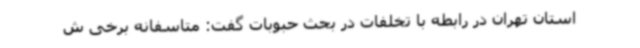
استان تهران در رابطه با تخلفات در بحث حبوبات گفت: متاسفانه برخی ش